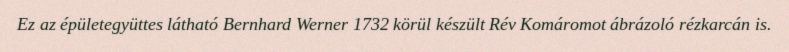
Ez az épületegyüttes látható Bernhard Werner 1732 körül készült Rév Komáromot ábrázoló rézkarcán is.